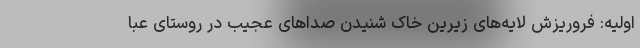
اولیه: فروریزش لایه‌های زیرین خاک شنیدن صداهای عجیب در روستای عبا